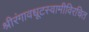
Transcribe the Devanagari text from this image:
श्रीरंगावधूटस्वामीविरचित